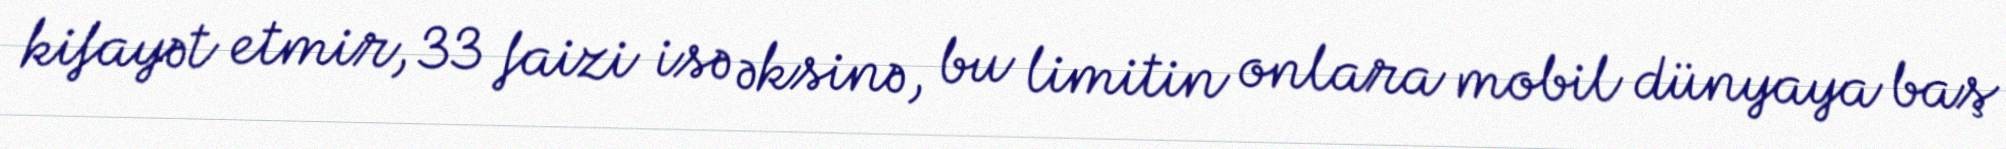
kifayət etmir, 33 faizi isə əksinə, bu limitin onlara mobil dünyaya baş